Civil Veterinary Department Bengal reports 1933-51 - 1933-1951
Year: 1933
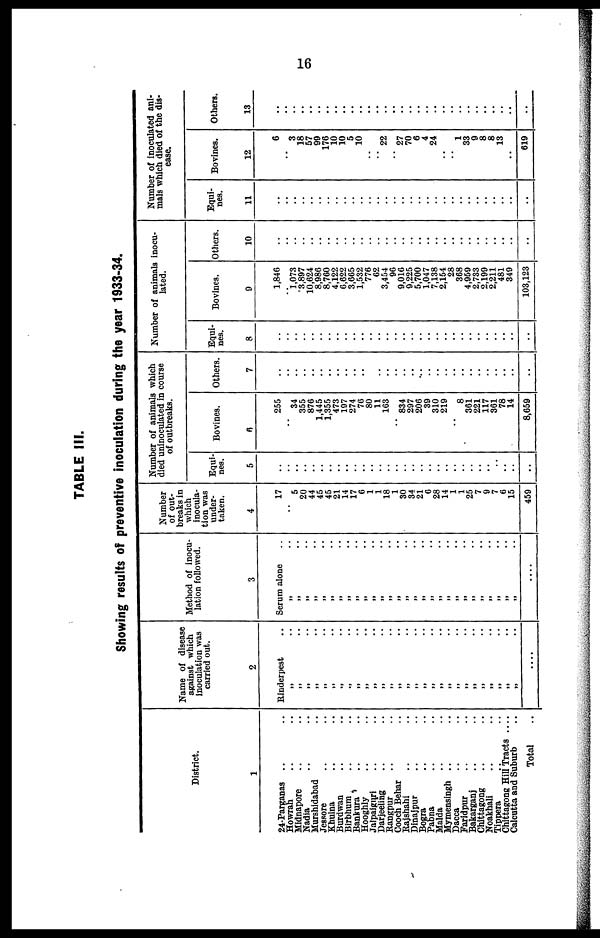
16
TABLE III.
Showing results of preventive inoculation during the year 1933-34.
District.
1
24-Parganas .. ..
Howrah
.. ..
Midnapore .. ..
Nadia .. ..
Murshidabad
Jessore .. ..
Khulna .. ..
Burdwan .. ..
Birbhum .. ..
Bankura .. ..
Hooghly .. ..
Jalpaiguri .. ..
Darjeeling
Rangpur
Cooch Behar ..
Rajshahi .. ..
Dinajpur .. ..
Bogra .. ..
Pabna .. ..
Malda .. ..
Mymensingh .. ..
Dacca
Faridpur .. ..
Bakarganj .. ..
Chittagong .. ..
Noakhali
Tippera .. ..
Chittagong Hill Tracts ....
Calcutta and Suburb ..
Total ..
Name of disease
against which
inoculation was
carried out.
2
Rinderpest ..
„ ..
„ ..
„ ..
„ ..
„ ..
„ ..
„ ..
„ ..
„ ..
„ ..
„ ..
„ ..
„ ..
„ ..
„ ..
„ ..
„ ..
„ ..
„ ..
„ ..
„ ..
„ ..
„ ..
„ ..
„ ..
„ ..
„ ..
„ ..
....
Method of inocu-
lation followed.
3
Serum alone ..
„ ..
„ ..
„ .. „ ..
„ ..
„ ..
„ ..
„ ..
„ .. „ ..
„ ..
„ ..
„ ..
„ ..
„ ..
„ ..
„ ..
„ ..
„ ..
„ ..
„ ..
„ ..
„ ..
„ ..
„ ..
„ ..
„ ..
„ ..
....
Number
of out-
breaks in
which
inocula-
tion was
under-
taken.
4
17
.. 5
20
44
45
45
21
14
17
6
1
1
18
1
30
34
21
6
28
14
1
1
25
7
9
7
6
15
459
Number of animals which
died uninoculated in course
of outbreaks.
Equi-
nes.
5
..
..
..
..
..
..
..
..
..
..
..
..
..
..
..
..
..
..
..
..
..
..
..
..
..
..
..
..
..
..
Bovines.
6
255
34
355
876
1,445
1,355
473
197
274
76
80
11
163
834
297
206
39
310
219
..
8
361
221
117
361
78
14
8,659
Others.
7
..
..
..
..
..
..
..
..
..
..
..
..
..
..
..
..
..
..
..
..
..
..
..
..
..
..
..
..
..
Number of animals inocu-
lated.
Equi-
nes.
8
..
..
..
..
..
..
..
..
..
..
..
..
..
..
..
..
..
..
..
..
..
..
..
..
..
..
..
..
..
Bovines.
9
1,846
1,073
3,897
10,624
8,986
8,760
4,122
6,622
3,665
1,532
776
62
3,454
96
9,016
9,225
5,700
1,047
7,138
2,154
28
368
4,959
2,733
2,199
2,211
481
349
103,123
Others.
10
..
..
..
..
..
..
..
..
..
..
..
..
..
..
..
..
..
..
..
..
..
..
..
..
..
..
..
..
..
Number of inoculated ani-
mals which died of the dis-
ease.
Equi-
nes.
11
..
..
..
..
..
..
..
..
..
..
..
..
..
..
..
..
..
..
..
..
..
..
..
..
..
..
..
..
..
Bovines.
12
6
3
18
57
99
176
10
10
5
10
..
..
22
..
27
70
6
4
24
..
..
1
33
9
8
8
13
..
619
Others.
13
..
..
..
..
..
..
..
..
..
..
..
..
..
..
..
..
..
..
..
..
..
..
..
..
..
..
..
..
..